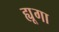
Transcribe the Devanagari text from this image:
ह्यूगा